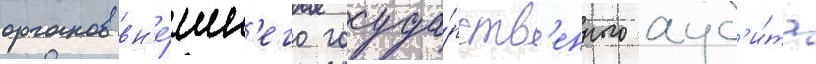
органов вн'е́шн'его госуда́рств'енного ауд'и́та